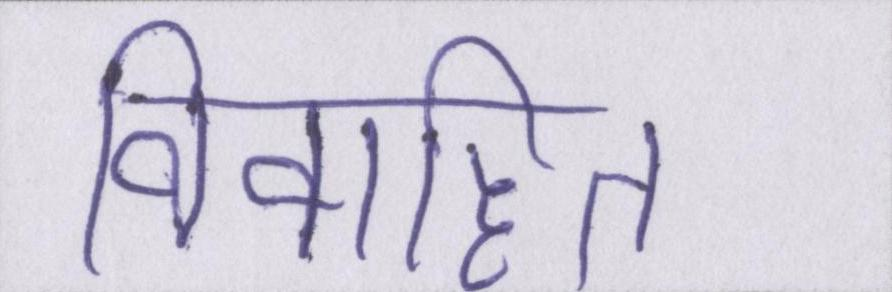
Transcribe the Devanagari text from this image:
विवाहित